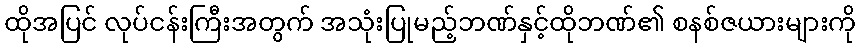
ထိုအပြင် လုပ်ငန်းကြီးအတွက် အသုံးပြုမည့်ဘဏ်နှင့်ထိုဘဏ်၏ စနစ်ဇယားများကို